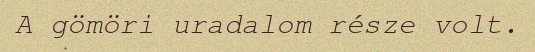
A gömöri uradalom része volt.